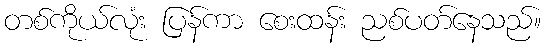
တစ်ကိုယ်လုံး ပြန်ကာ စေးထန်း ညစ်ပတ်နေသည်။